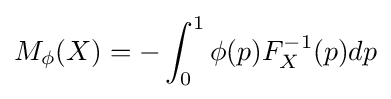
M_{\phi }(X)=-\int _{0}^{1}\phi (p)F_{X}^{-1}(p)dp